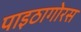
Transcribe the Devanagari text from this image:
पाइठागोरस